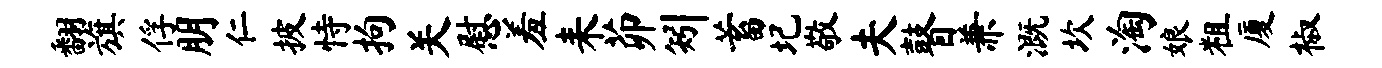
翻旗俘朋仁披恃拘关慰羞耒茆矧蓄圮敬夫瞽兼溉坎淘娘粗厦椒